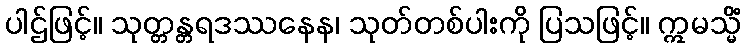
ပါဌ်ဖြင့်။ သုတ္တန္တရဒဿနေန၊ သုတ်တစ်ပါးကို ပြသဖြင့်။ ဣမသ္မိံ